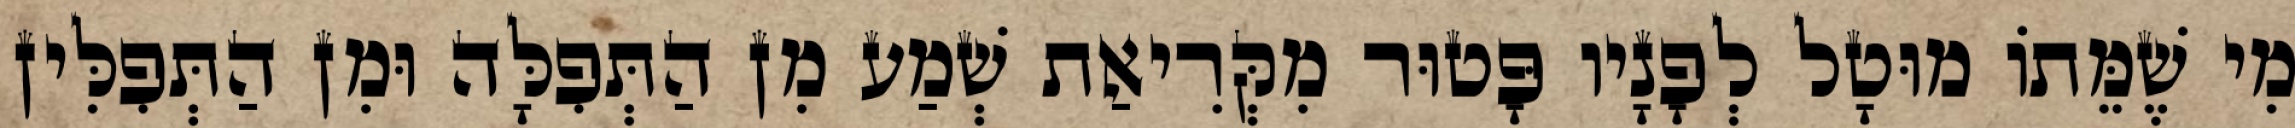
מִי שֶׁמֵּתוֹ מוּטָל לְפָנָיו פָּטוּר מִקְּרִיאַת שְׁמַע מִן הַתְּפִלָּה וּמִן הַתְּפִלִּין